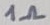
Text: 1Ω